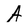
Character: A